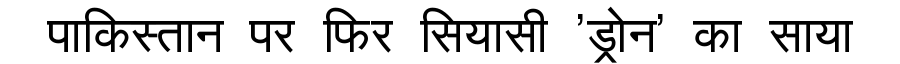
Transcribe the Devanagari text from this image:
पाकिस्तान पर फिर सियासी 'ड्रोन' का साया